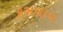
કસવાવ